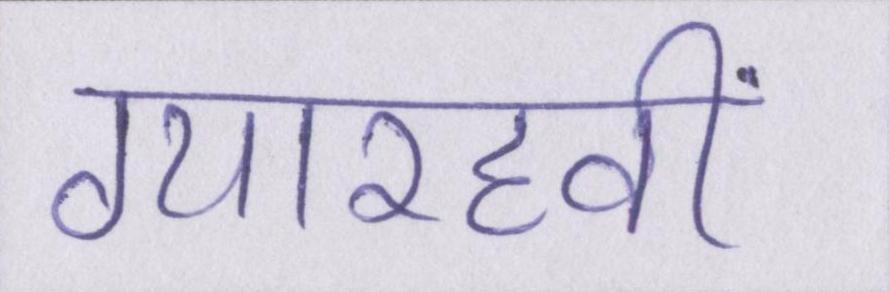
ग्यारहवीं